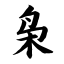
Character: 枭